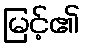
မြင့်၏